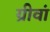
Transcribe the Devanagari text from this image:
ग्रीवां